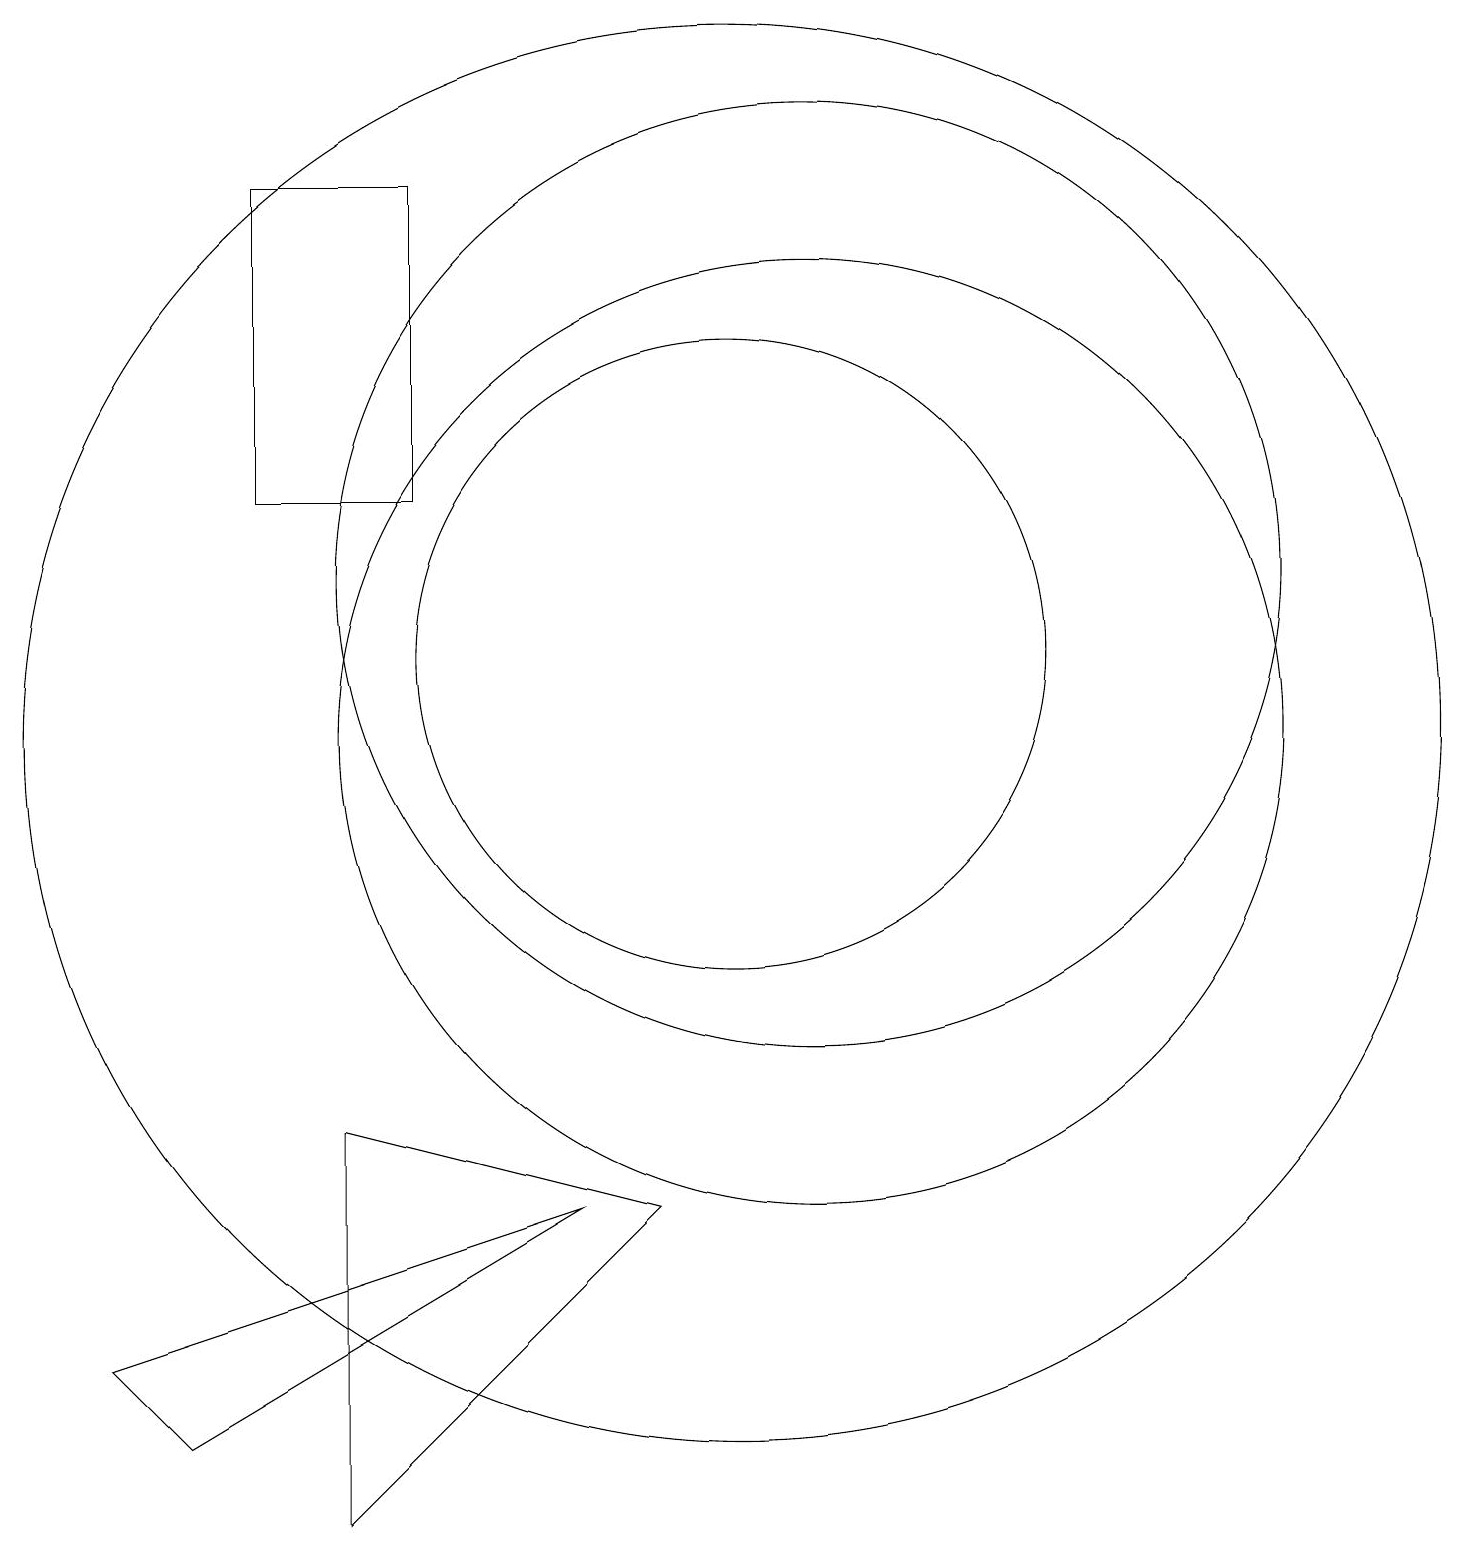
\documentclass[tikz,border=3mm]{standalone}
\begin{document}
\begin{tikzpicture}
\draw (10,10) circle (9);
\draw (11,10) circle (6);
\draw (6,13) rectangle (4,17);
\draw (10,11) circle (4);
\draw (3,1) -- (2,2) -- (8,4) -- cycle;
\draw (9,4) -- (5,5) -- (5,0) -- cycle;
\draw (11,12) circle (6);
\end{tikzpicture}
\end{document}